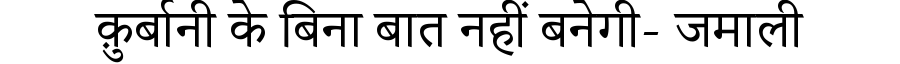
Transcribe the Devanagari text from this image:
क़ुर्बानी के बिना बात नहीं बनेगी- जमाली